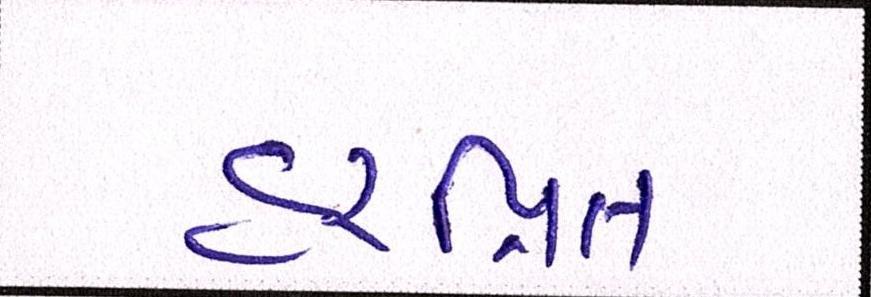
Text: હરપ્રિત